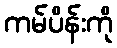
ကမ်ပိန်းကို